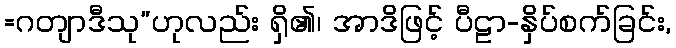
=ဂတျာဒီသု”ဟုလည်း ရှိ၏၊ အာဒိဖြင့် ပီဠာ-နှိပ်စက်ခြင်း,